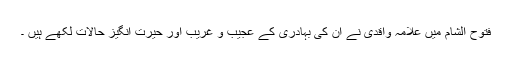
فتوح الشام میں علامہ واقدی نے ان کی بہادری کے عجیب و غریب اور حیرت انگیز حالات لکھے ہیں ۔